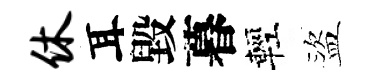
休耳毀暮輕盜